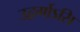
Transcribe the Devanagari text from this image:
उद्वर्गोऽसि